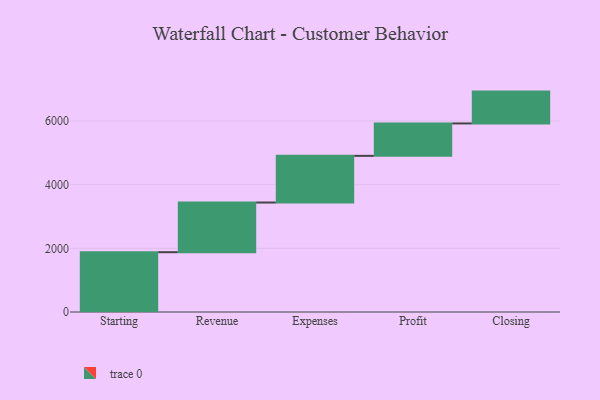
{"axis": {"x": "Step", "y": "Value"}, "legend": [""], "data": [{"x": "Starting", "y": 1878.0, "type": ""}, {"x": "Revenue", "y": 1560.0, "type": ""}, {"x": "Expenses", "y": 1466.0, "type": ""}, {"x": "Profit", "y": 1018.0, "type": ""}, {"x": "Closing", "y": 1000, "type": ""}]}